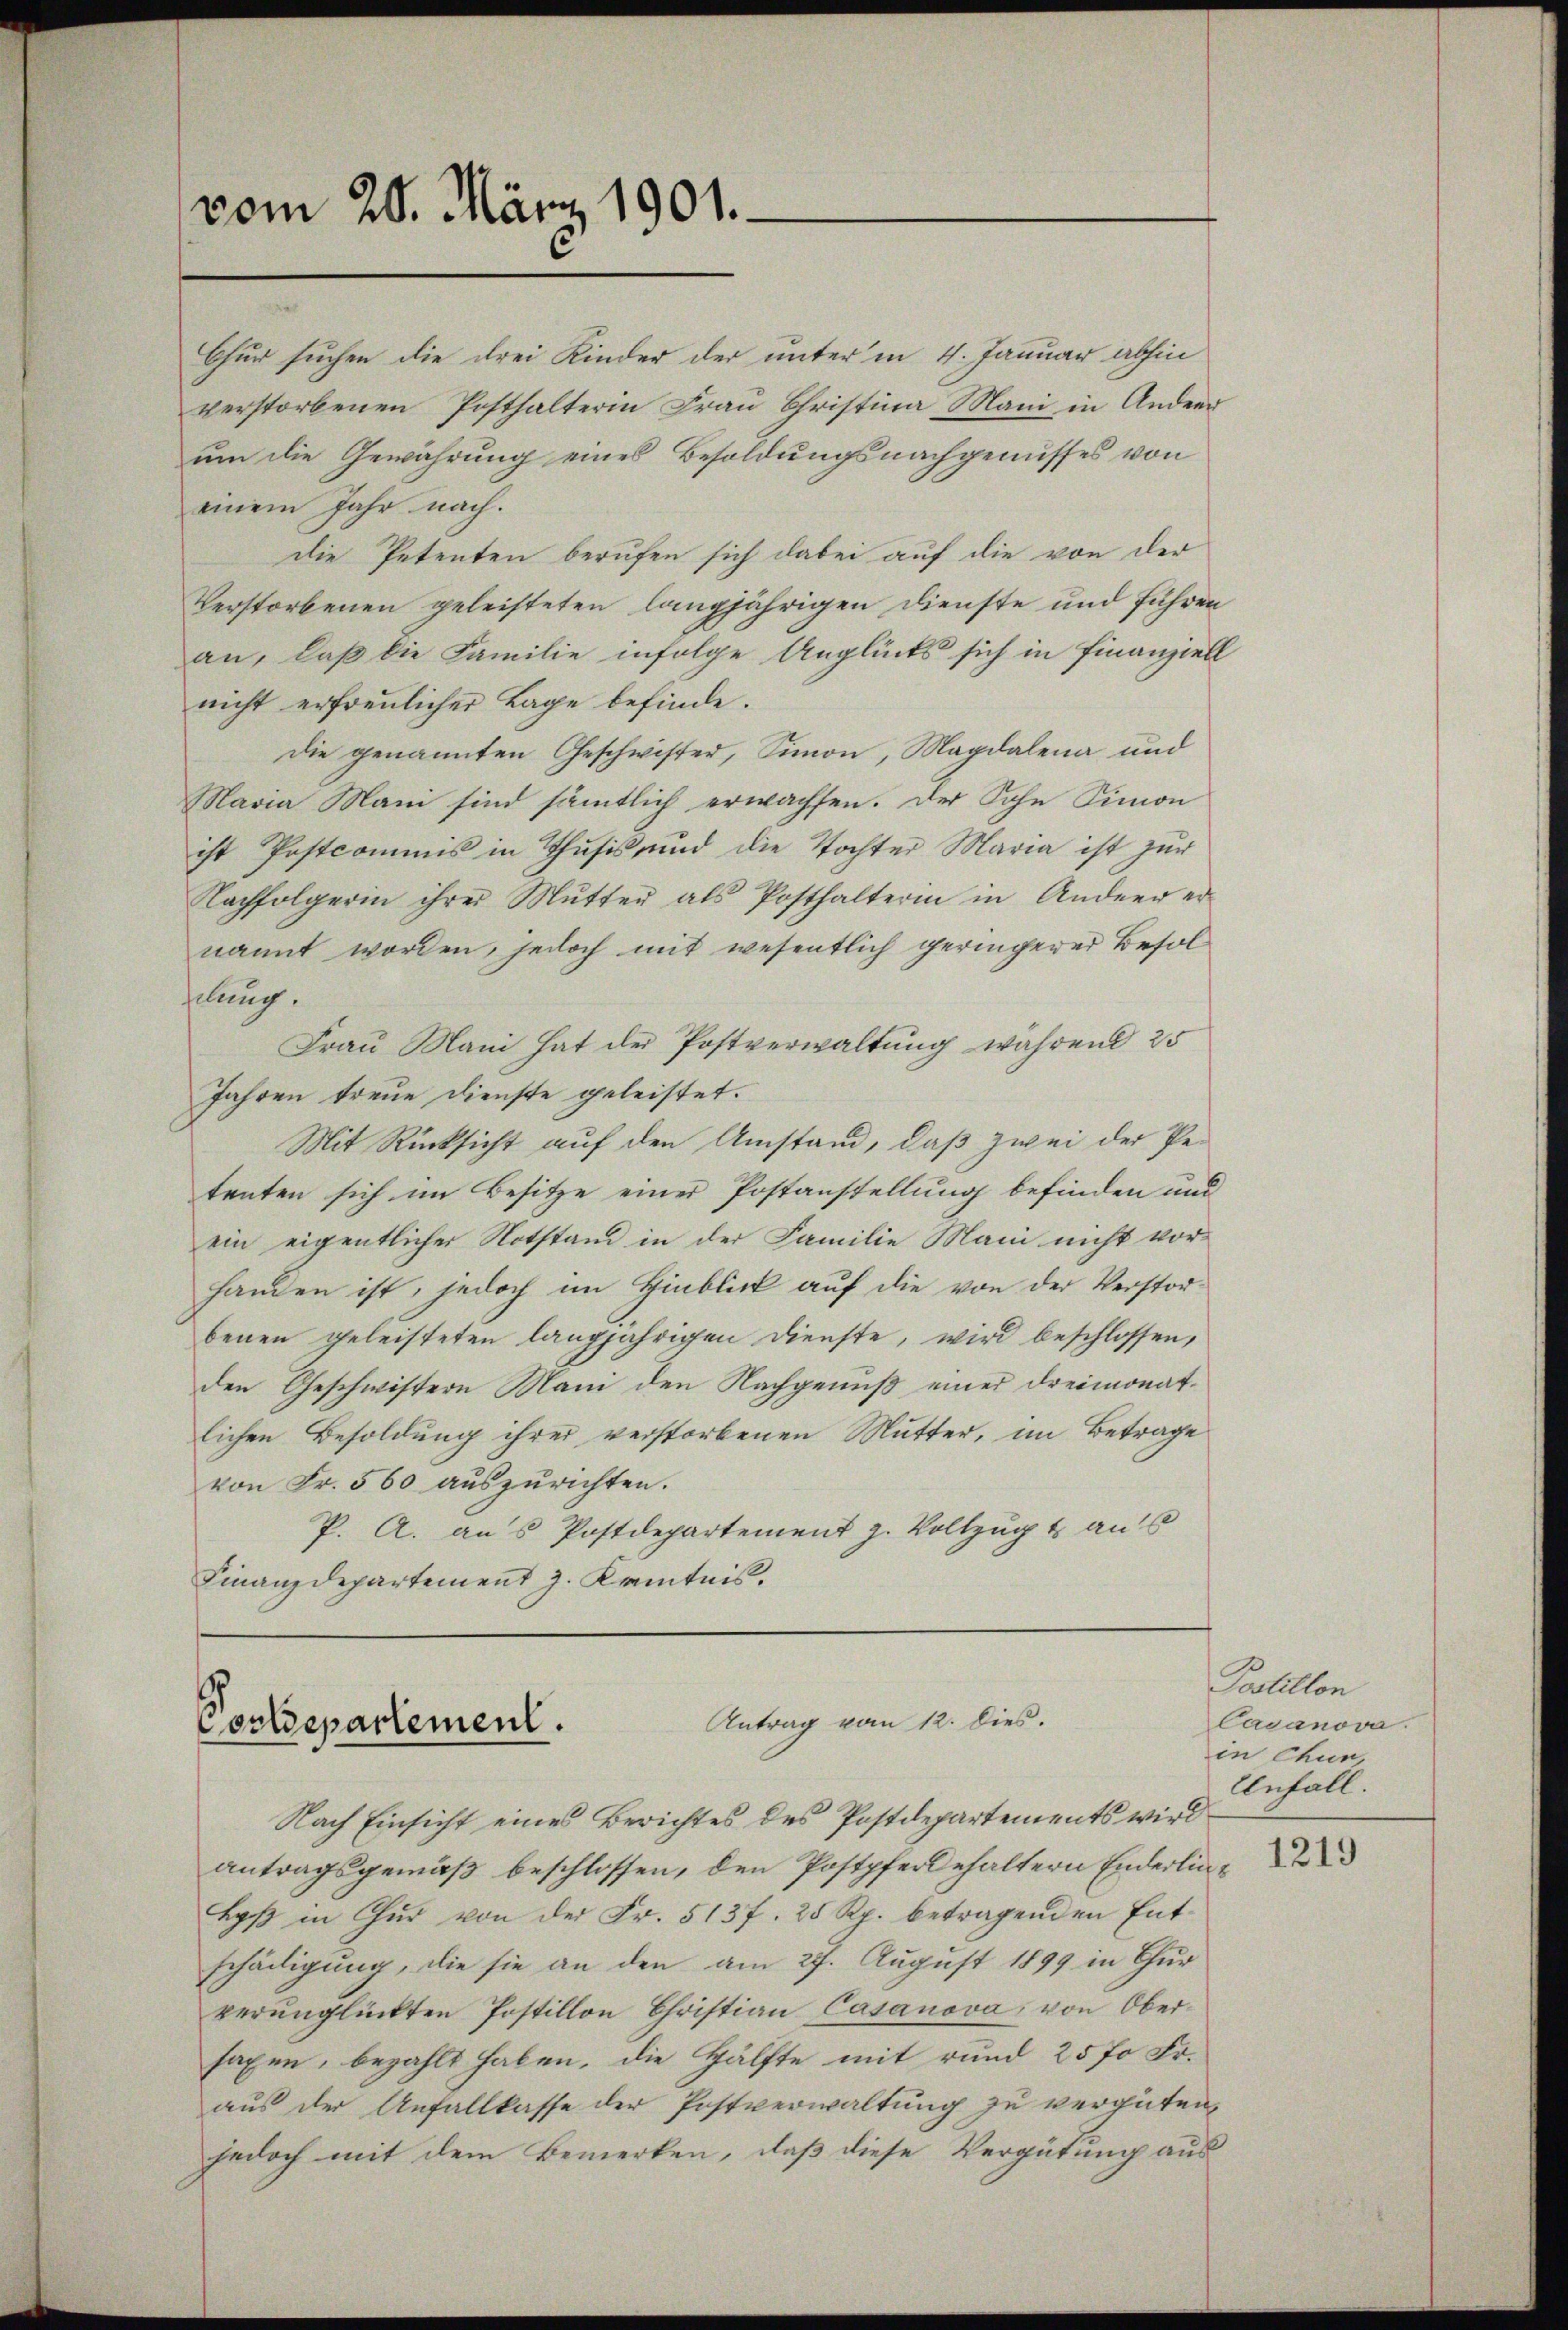
vom 20. März 1901.

Chur suchen die drei Kinder der unter in 4. Januar abhin
verstorbenen Posthalterin Frau Christina Mani in Anderr
um die Gewährung eines Besoldungsnachgenusses von
einem Jahr nach.
Die Petenten berufen sich dabei auf die von der
Verstorbenen geleisteten langjährigen Dienste und führen
an, daß die Familie infolge Anglücks sich in Finanziell
nicht erfreulicher Lage befinde.
Die genannten Geschwister, Simon, Magdalena und
Maria Mani sind sämmtlich erwachsen. Der Sohn Simon
ist Postcommis in Thusis, und die Tochter Maria ist zur
Nachfolgerin ihrer Mŭtter als Posthalterin in Andern er-
nannt worden, jedoch mit wesentlich geringerer Besolhelung.
Frau Mani hat der Postverwaltung während 25
Jahren treue Dienste geleistet.
Mit Rücksicht auf den Umstand, daß zwei der Petenten sich im Besitze einer Postanstellung befinden und
ein eigentlicher Notstand in der Familie Mani nicht vor-
handen ist, jedoch im Hinblick auf die von der Verstorbenen geleisteten langjährigen Dienste, wird beschlossen,
den Geschwistern Mani den Nachgenuß einer dreimonatlichen Besoldung ihrer verstorbenen Mutter, im Betrage
von Fr. 560 auszurichten.
P. A. aus Postdepartement z. Vollzug aus
Finanzdepartement J. Kenntnis.

Antrag vom 12. Dies.
d
Conldepartement.

Nach Einsicht eines Berichtes des Postdepartements wird
antragsgemäß beschlossen, den Postpferlehaltern Enderlin¬
Lyß in Chur von der Fr. 5137. 25 Rp. betragenden Entschädigung, die sie an den am 27. August 1899 in Chur
verunglückten Postillon Christian Casanova, von Obersaxen, bezahlt haben, die Hälfte mit rund 25 fo Fr.
aus der Anfallkasse der Postverwaltung zu vergüten,
jedoch mit dem Bemerken, daß diese Vergütung aus

Postillon
Casanova
in Chur,
Unfall.

1219